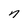
Character: n